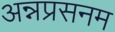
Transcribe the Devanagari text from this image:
अन्नप्रसनम